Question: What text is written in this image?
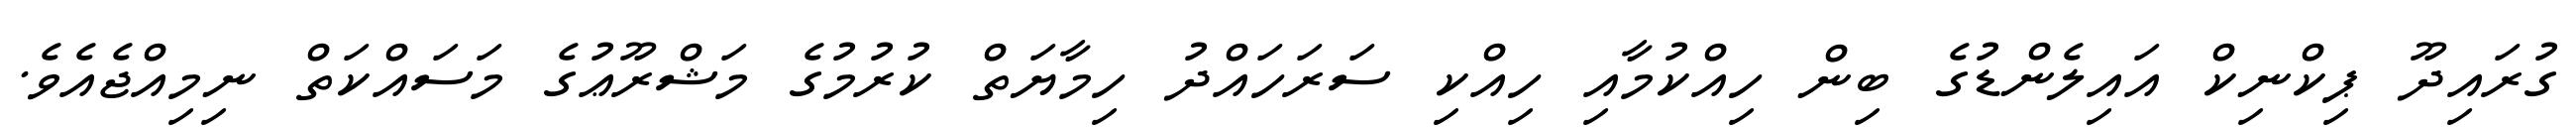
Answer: ގުރައިދޫ ޕިކްނިކް އައިލެންޑުގެ ބިން ހިއްކުމާއި ހިއްކި ސަރަހައްދު ހިމާޔަތް ކުރުމުގެ މަޝްރޫޢުގެ މަސައްކަތް ނިމިއްޖެއެވެ.